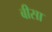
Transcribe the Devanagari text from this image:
बीसा